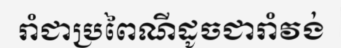
រាំជាប្រពៃណីដូចជារាំវង់